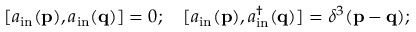
[ a _ { \mathrm { i n } } ( \mathbf { p } ) , a _ { \mathrm { i n } } ( \mathbf { q } ) ] = 0 ; \quad [ a _ { \mathrm { i n } } ( \mathbf { p } ) , a _ { \mathrm { i n } } ^ { \dagger } ( \mathbf { q } ) ] = \delta ^ { 3 } ( \mathbf { p } - \mathbf { q } ) ;